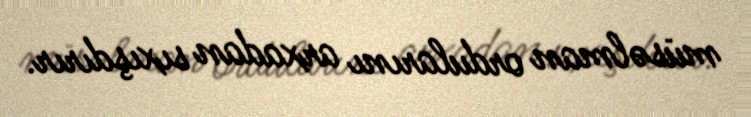
müsəlman ordularını arxadan sıxışdırır.